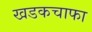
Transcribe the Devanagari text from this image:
खडकचाफा